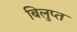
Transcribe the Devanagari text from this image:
बिलुप्त